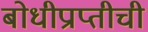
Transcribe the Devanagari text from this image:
बोधीप्राप्तीची